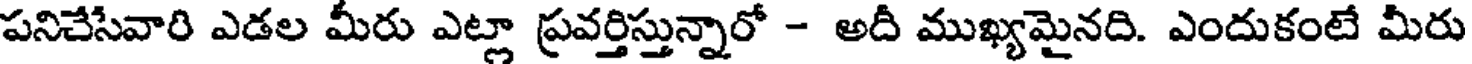
పనిచేసేవారి ఎడల మీరు ఎట్లా ప్రవర్తిస్తున్నారో - అదీ ముఖ్యమైనది. ఎందుకంటే మీరు